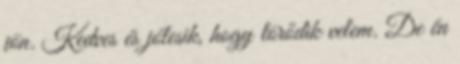
jön. Kedves és jólesik, hogy törődik velem. De én